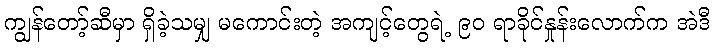
ကျွန်တော့်ဆီမှာ ရှိခဲ့သမျှ မကောင်းတဲ့ အကျင့်တွေရဲ့ ၉၀ ရာခိုင်နှုန်းလောက်က အဲဒီ